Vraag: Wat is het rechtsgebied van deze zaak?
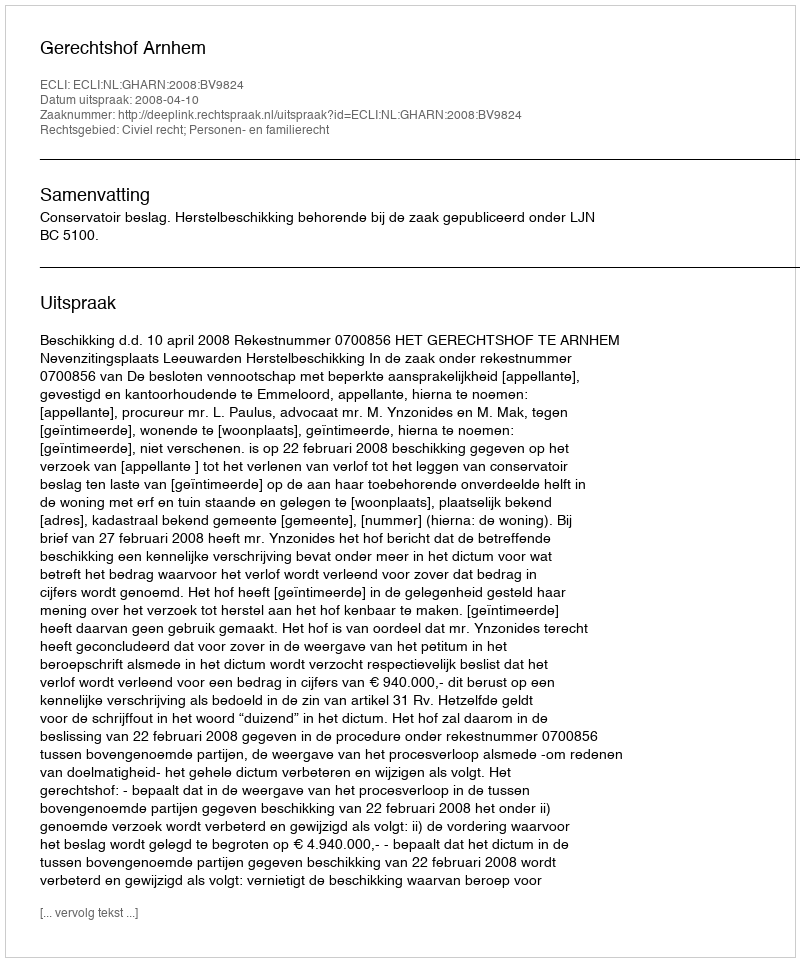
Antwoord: Civiel recht; Personen- en familierecht